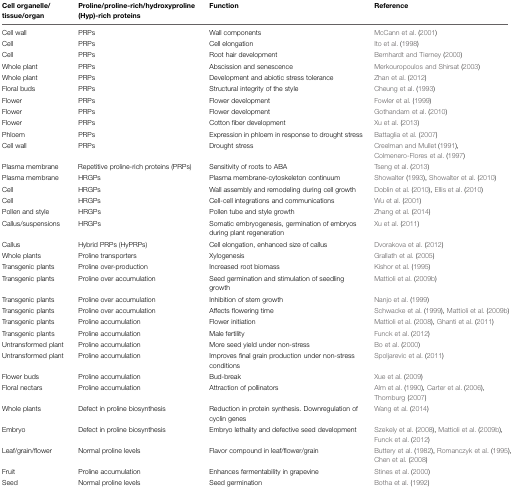
<table><thead><tr><td><b>Cell organelle/tissue/organ</b></td><td><b>Proline/proline-rich/hydroxyproline (Hyp)-rich proteins</b></td><td><b>Function</b></td><td><b>Reference</b></td></tr></thead><tbody><tr><td>Cell wall</td><td>PRPs</td><td>Wall components</td><td>McCann et al. (2001)</td></tr><tr><td>Cell</td><td>PRPs</td><td>Cell elongation</td><td>Ito et al. (1998)</td></tr><tr><td>Cell</td><td>PRPs</td><td>Root hair development</td><td>Bernhardt and Tierney (2000)</td></tr><tr><td>Whole plant</td><td>PRPs</td><td>Abscission and senescence</td><td>Merkouropoulos and Shirsat (2003)</td></tr><tr><td>Whole plant</td><td>PRPs</td><td>Development and abiotic stress tolerance</td><td>Zhan et al. (2012)</td></tr><tr><td>Floral buds</td><td>PRPs</td><td>Structural integrity of the style</td><td>Cheung et al. (1993)</td></tr><tr><td>Flower</td><td>PRPs</td><td>Flower development</td><td>Fowler et al. (1999)</td></tr><tr><td>Flower</td><td>PRPs</td><td>Flower development</td><td>Gothandam et al. (2010)</td></tr><tr><td>Flower</td><td>PRPs</td><td>Cotton fiber development</td><td>Xu et al. (2013)</td></tr><tr><td>Phloem</td><td>PRPs</td><td>Expression in phloem in response to drought stress</td><td>Battaglia et al. (2007)</td></tr><tr><td>Cell wall</td><td>PRPs</td><td>Drought stress</td><td>Creelman and Mullet (1991), Colmenero-Flores et al. (1997)</td></tr><tr><td>Plasma membrane</td><td>Repetitive proline-rich proteins (PRPs)</td><td>Sensitivity of roots to ABA</td><td>Tseng et al. (2013)</td></tr><tr><td>Plasma membrane</td><td>HRGPs</td><td>Plasma membrane-cytoskeleton continuum</td><td>Showalter (1993), Showalter et al. (2010)</td></tr><tr><td>Cell</td><td>HRGPs</td><td>Wall assembly and remodeling during cell growth</td><td>Doblin et al. (2010), Ellis et al. (2010)</td></tr><tr><td>Cell</td><td>HRGPs</td><td>Cell-cell integrations and communications</td><td>Wu et al. (2001)</td></tr><tr><td>Pollen and style</td><td>HRGPs</td><td>Pollen tube and style growth</td><td>Zhang et al. (2014)</td></tr><tr><td>Callus/suspensions</td><td>HRGPs</td><td>Somatic embryogenesis, germination of embryos during plant regeneration</td><td>Xu et al. (2011)</td></tr><tr><td>Callus</td><td>Hybrid PRPs (HyPRPs)</td><td>Cell elongation, enhanced size of callus</td><td>Dvorakova et al. (2012)</td></tr><tr><td>Whole plants</td><td>Proline transporters</td><td>Xylogenesis</td><td>Grallath et al. (2005)</td></tr><tr><td>Transgenic plants</td><td>Proline over-production</td><td>Increased root biomass</td><td>Kishor et al. (1995)</td></tr><tr><td>Transgenic plants</td><td>Proline over accumulation</td><td>Seed germination and stimulation of seedling growth</td><td>Mattioli et al. (2009b)</td></tr><tr><td>Transgenic plants</td><td>Proline over accumulation</td><td>Inhibition of stem growth</td><td>Nanjo et al. (1999)</td></tr><tr><td>Transgenic plants</td><td>Proline over accumulation</td><td>Affects flowering time</td><td>Schwacke et al. (1999), Mattioli et al. (2009b)</td></tr><tr><td>Transgenic plants</td><td>Proline accumulation</td><td>Flower initiation</td><td>Mattioli et al. (2008), Ghanti et al. (2011)</td></tr><tr><td>Transgenic plants</td><td>Proline accumulation</td><td>Male fertility</td><td>Funck et al. (2012)</td></tr><tr><td>Untransformed plant</td><td>Proline accumulation</td><td>More seed yield under non-stress</td><td>Bo et al. (2000)</td></tr><tr><td>Untransformed plant</td><td>Proline accumulation</td><td>Improves final grain production under non-stress conditions</td><td>Spoljarevic et al. (2011)</td></tr><tr><td>Flower buds</td><td>Proline accumulation</td><td>Bud-break</td><td>Xue et al. (2009)</td></tr><tr><td>Floral nectars</td><td>Proline accumulation</td><td>Attraction of pollinators</td><td>Alm et al. (1990), Carter et al. (2006), Thornburg (2007)</td></tr><tr><td>Whole plants</td><td>Defect in proline biosynthesis</td><td>Reduction in protein synthesis. Downregulation of cyclin genes</td><td>Wang et al. (2014)</td></tr><tr><td>Embryo</td><td>Defect in proline biosynthesis</td><td>Embryo lethality and defective seed development</td><td>Szekely et al. (2008), Mattioli et al. (2009b), Funck et al. (2012)</td></tr><tr><td>Leaf/grain/flower</td><td>Normal proline levels</td><td>Flavor compound in leaf/flower/grain</td><td>Buttery et al. (1982), Romanczyk et al. (1995),Chen et al. (2008)</td></tr><tr><td>Fruit</td><td>Proline accumulation</td><td>Enhances fermentability in grapevine</td><td>Stines et al. (2000)</td></tr><tr><td>Seed</td><td>Normal proline levels</td><td>Seed germination</td><td>Botha et al. (1992)</td></tr></tbody></table>